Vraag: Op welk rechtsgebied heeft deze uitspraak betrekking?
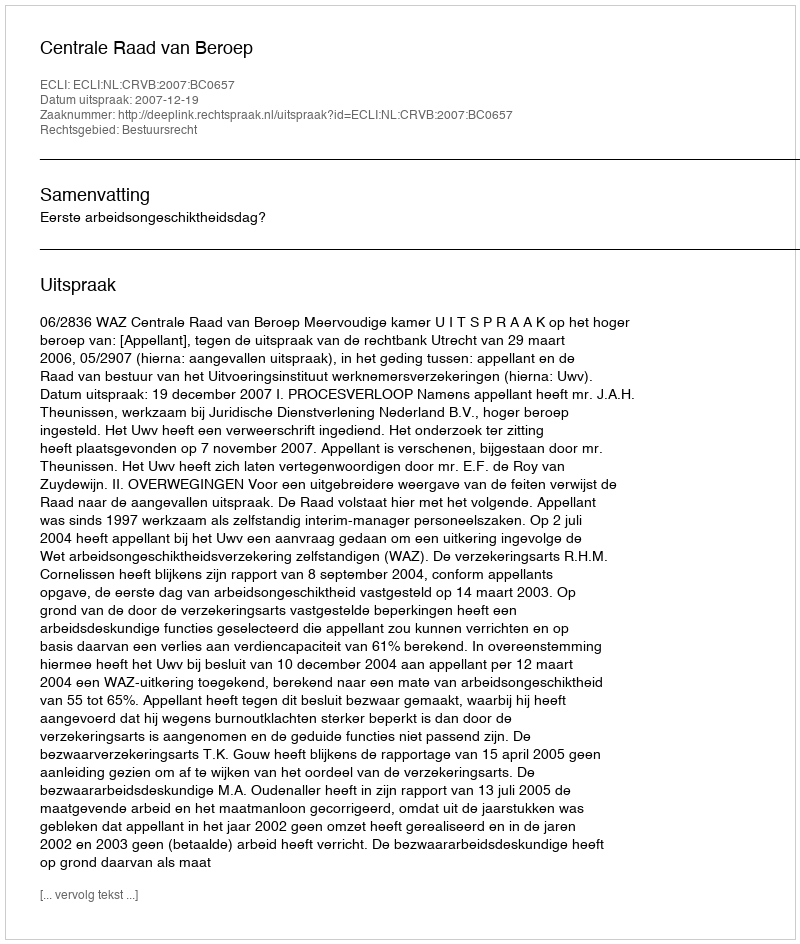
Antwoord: Bestuursrecht